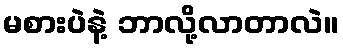
မစားပဲနဲ့ ဘာလို့လာတာလဲ။